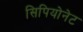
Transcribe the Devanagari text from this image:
सिपियोनेट